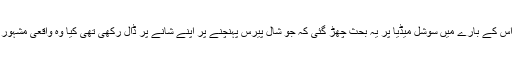
وہاں انہوں نے جو شال استعمال کیا اس کے بارے میں سوشل میڈیا پر یہ بحث چھڑ گئی کہ جو شال پیرس پہنچنے پر اپنے شانے پر ڈال رکھی تھی کیا وہ واقعی مشہور غیر ملکی برانڈ لوئی ویتان کی ہے؟